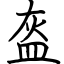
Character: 盔